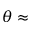
\theta \approx